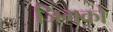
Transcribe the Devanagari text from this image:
जिंगको